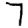
Digit: 7